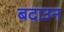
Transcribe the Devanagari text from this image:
बदाउन